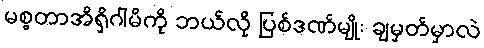
မစ္စတာအိရှိဂါမိကို ဘယ်လို ပြစ်ဒဏ်မျိုး ချမှတ်မှာလဲ